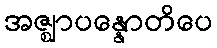
အဇ္ဈာပန္နောတိပေ